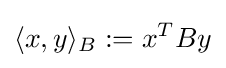
\langle x,y\rangle _{B}:=x^{T}By